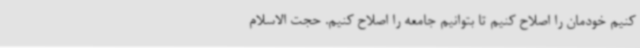
کنیم خودمان را اصلاح کنیم تا بتوانیم جامعه را اصلاح کنیم. حجت الاسلام